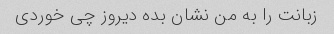
زبانت را به من نشان بده دیروز چی خوردی